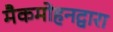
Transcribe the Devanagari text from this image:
मैकमोहनद्वारा